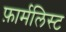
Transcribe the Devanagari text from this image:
फ़ार्मलिस्ट